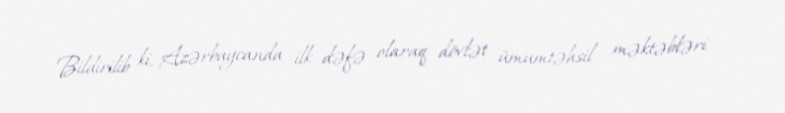
Bildirilib ki, Azərbaycanda ilk dəfə olaraq dövlət ümumtəhsil məktəbləri